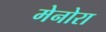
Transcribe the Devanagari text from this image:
मेनोरा